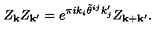
Z _ { { \bf k } } Z _ { { \bf k } ^ { \prime } } = e ^ { \pi i k _ { i } \tilde { \theta } ^ { i j } k _ { j } ^ { \prime } } Z _ { { \bf k } + { \bf k } ^ { \prime } } .